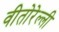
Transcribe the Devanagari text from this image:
वीतोरेल्ली